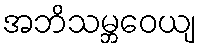
အဘိသမ္ဘဝေယျ